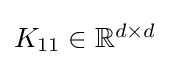
{\textstyle K_{11}\in \mathbb {R} ^{d\times d}}